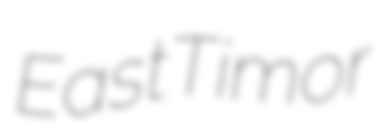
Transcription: East Timor